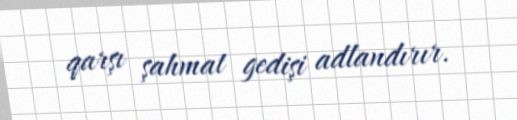
qarşı şahmat gedişi adlandırır.